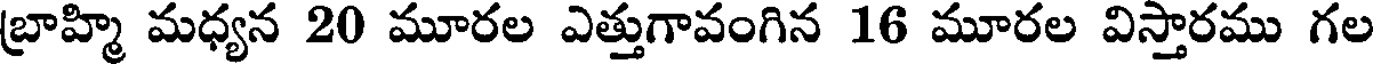
బ్రాహ్మి మధ్యన 20 మూరల ఎత్తుగావంగిన 16 మూరల విస్తారము గల